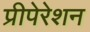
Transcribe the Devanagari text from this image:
प्रीपेरेशन